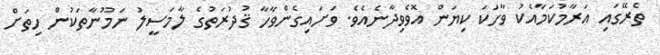
ތެރޭގައި އަރާމުކަމާއެކު ވާހަކަ ކިޔަން އޮވެވިދާނެއެވެ. ވަށައިގެންވާހާ ޤުދުރަތުގެ ލާމަސީލު ނަމޫނާތަކުން ހިތަށް